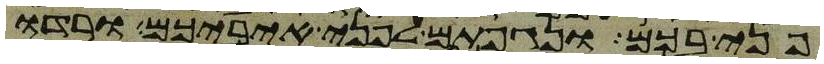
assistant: פני בכם ונגפתם לפני איביכם ורדו